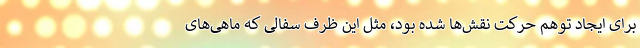
برای ایجاد توهم حرکت نقش‌ها شده بود، مثل این ظرف سفالی که ماهی‌های